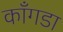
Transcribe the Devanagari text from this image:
काँगडा